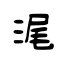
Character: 浘